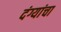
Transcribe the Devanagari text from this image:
दंग्यांचा